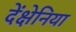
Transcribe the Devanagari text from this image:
देंक्षेनिया